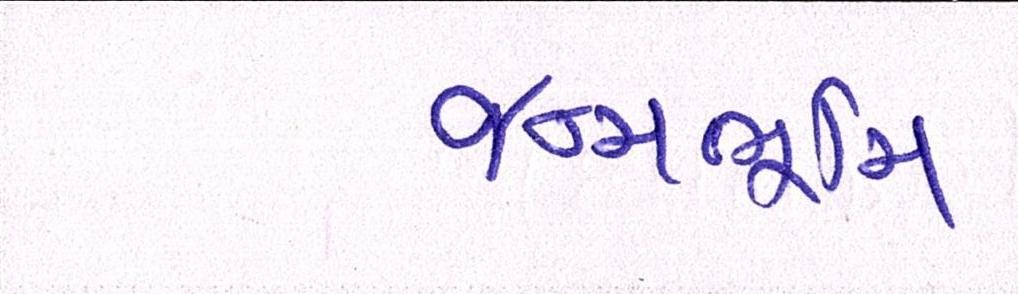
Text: જન્મભૂમિ